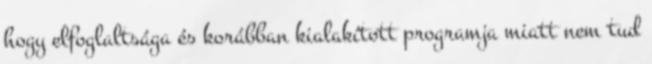
hogy elfoglaltsága és korábban kialakított programja miatt nem tud